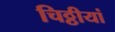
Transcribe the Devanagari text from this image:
चिठ्ठीयां